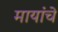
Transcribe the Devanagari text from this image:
मायांचे